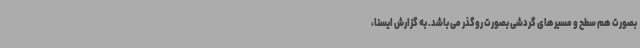
بصورت هم سطح و مسیرهای گردشی بصورت روگذر می باشد. به گزارش ایسنا،